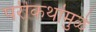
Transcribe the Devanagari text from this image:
परीकथांमुळे